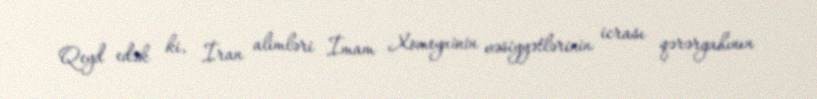
Qeyd edək ki, İran alimləri İmam Xomeyninin vəsiyyətlərinin icrası qərərgahının